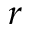
^ r